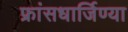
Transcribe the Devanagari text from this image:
फ्रांसधार्जिण्या